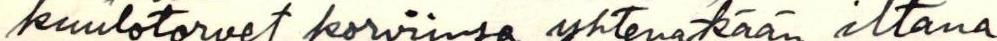
kuulotorvet korviinsa yhtenäkään iltana